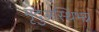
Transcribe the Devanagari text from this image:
मृदुअस्थिभग्न